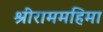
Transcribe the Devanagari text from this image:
श्रीराममहिमा